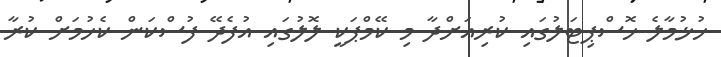
ހުޅުމާލެ ހޮސްޕިޓަލުގައި ކުރިއަށްދާ މި ކޭމްޕަކީ ލޮލުގައި އުފެދޭ ފުސްކަން ކެހުމަށް ކުރާ